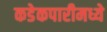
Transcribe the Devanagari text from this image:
कडेकपारीमध्ये